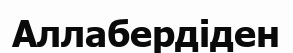
Аллабердіден